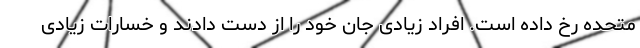
متحده رخ داده است. افراد زیادی جان خود را از دست دادند و خسارات زیادی